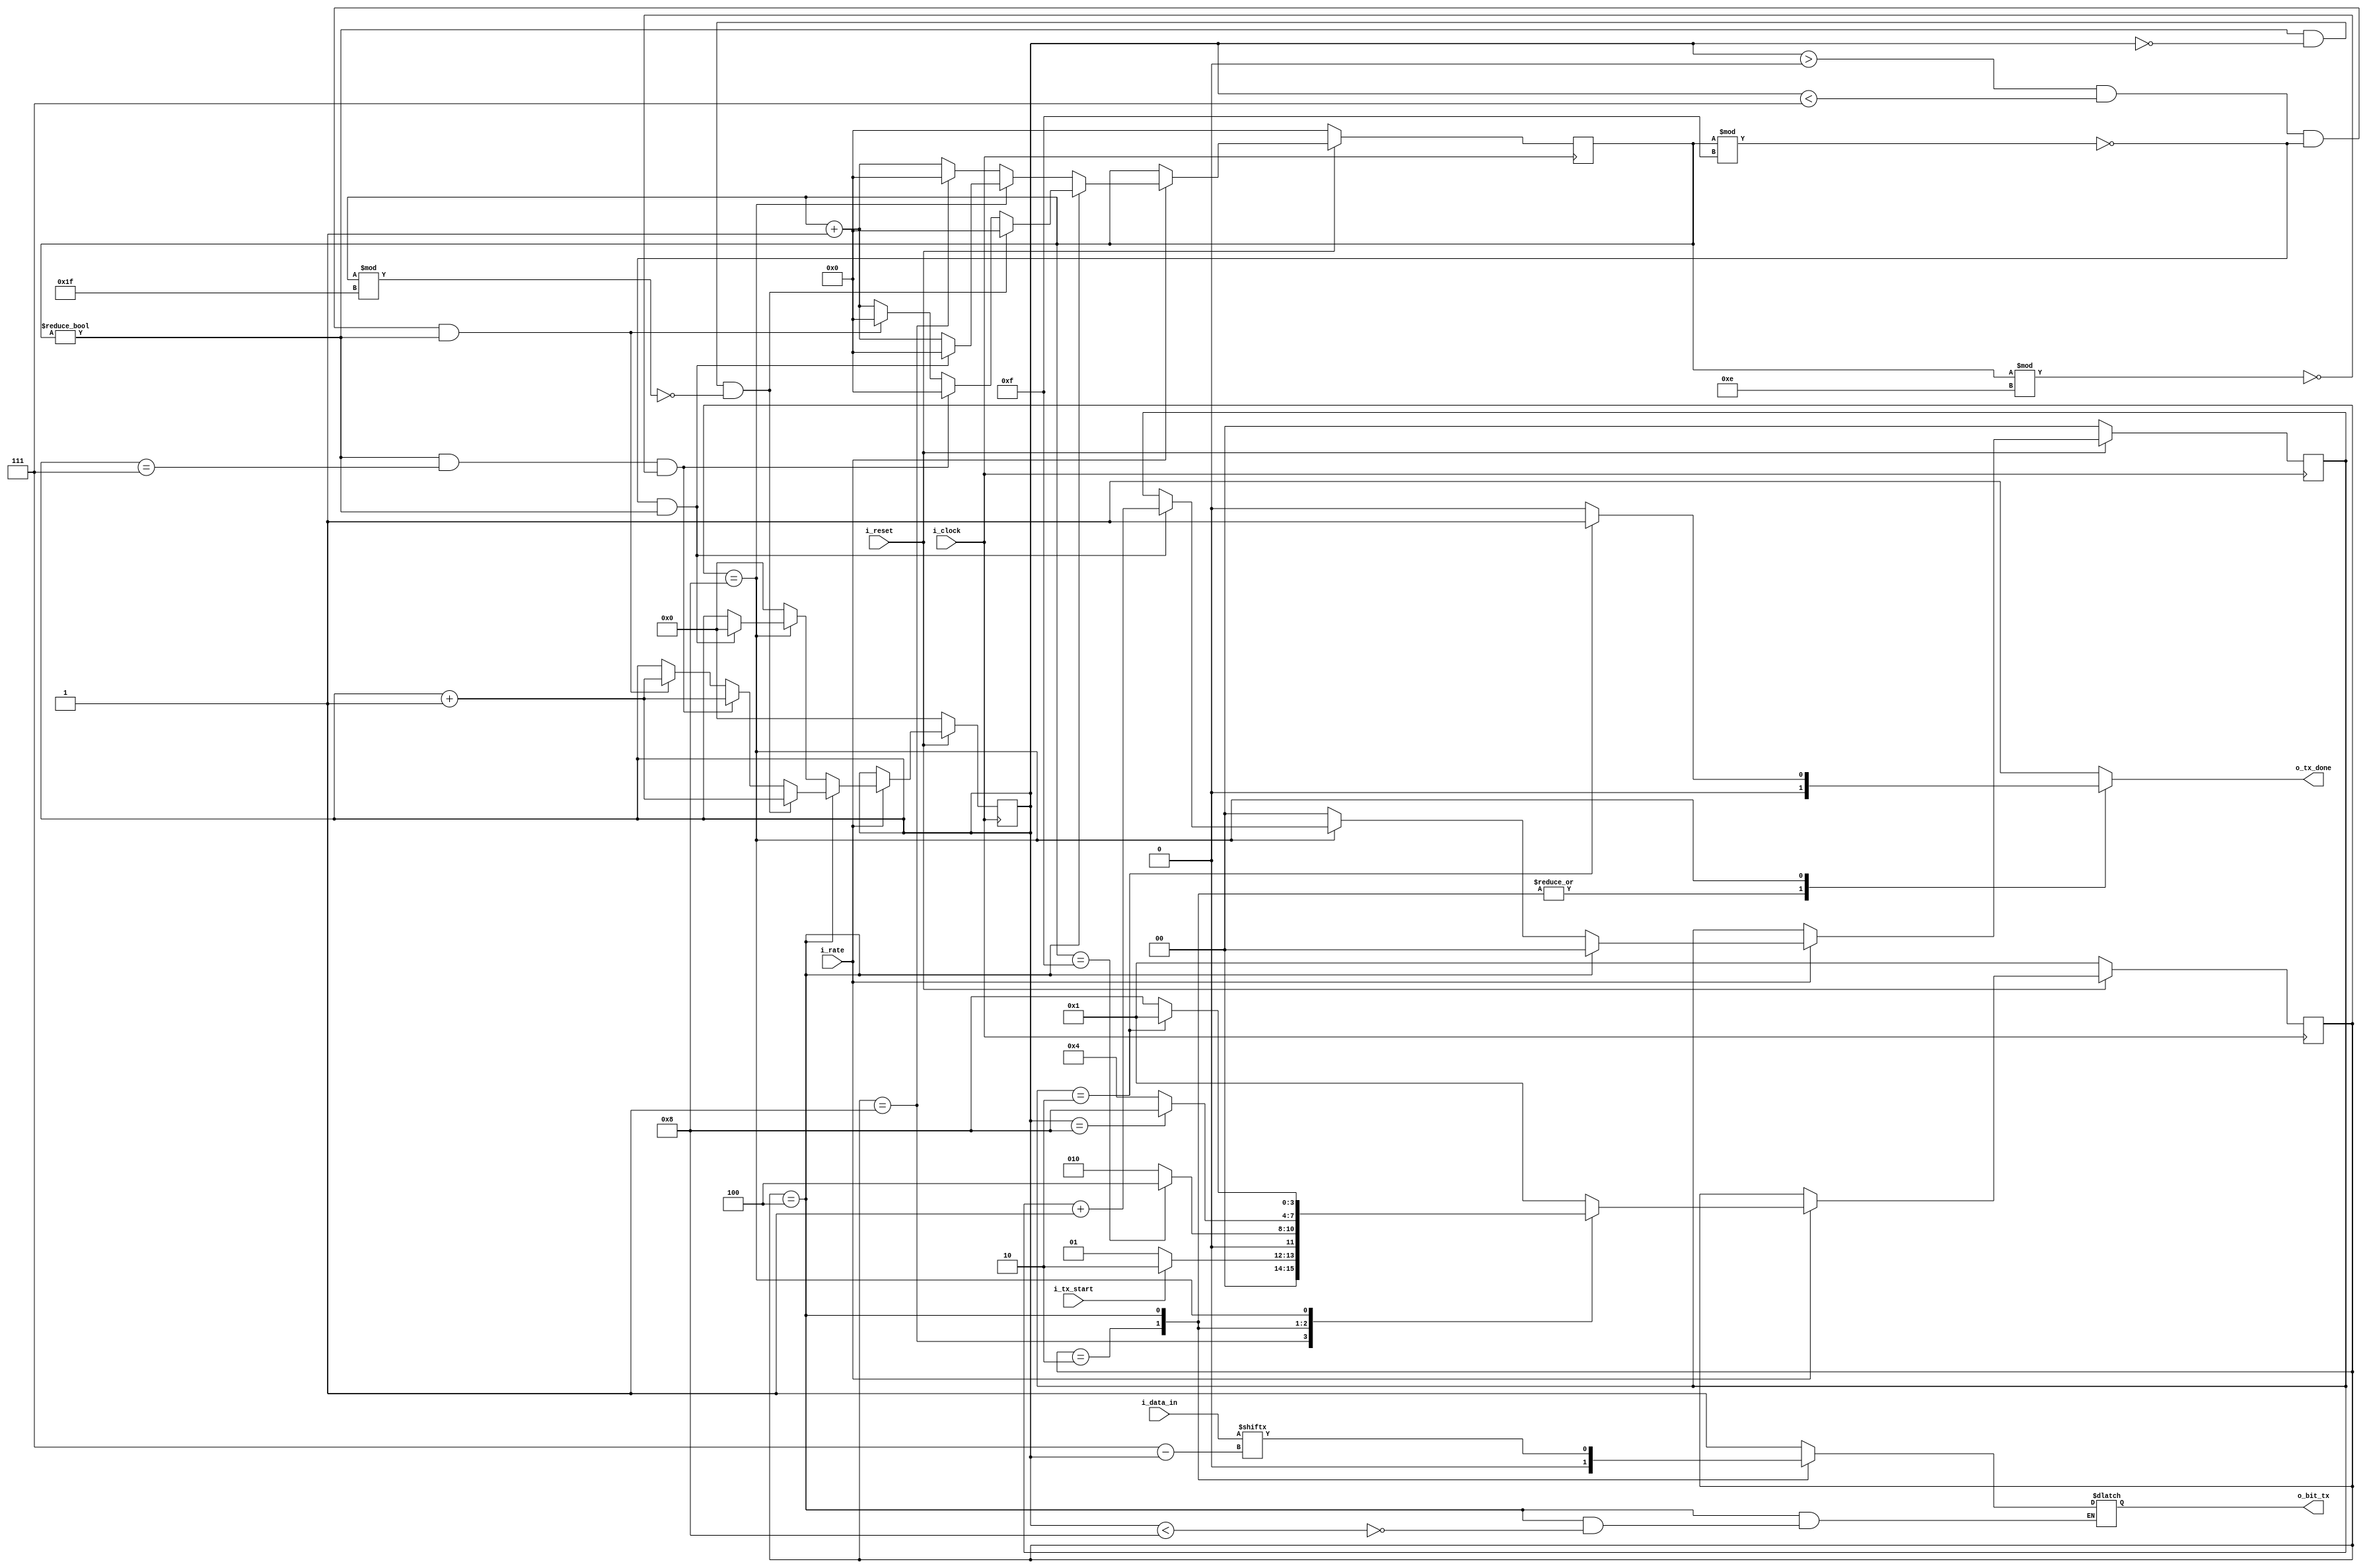
`timescale 1ns / 1ps


//////////////////////////////////////////////////////////////////////////////////////////////////
// Trabajo Practico Nro. 4. MIPS.
// Modulo tx.
// Integrantes: Kleiner Matias, Lopez Gaston.
// Materia: Arquitectura de Computadoras.
// FCEFyN. UNC.
// Anio 2018.
//////////////////////////////////////////////////////////////////////////////////////////////////



// Constantes.
`define WIDTH_WORD_TX           8              // Tamanio de palabra util enviada por trama UART.
`define CANT_BIT_STOP           2              // Cantidad de bits de parada de trama UART.


module tx(
    i_clock,
    i_rate,
    i_data_in,
    i_reset,
    i_tx_start,
    o_bit_tx,
    o_tx_done
    );

// Parametros.
parameter WIDTH_WORD_TX    = `WIDTH_WORD_TX;
parameter CANT_BIT_STOP  = `CANT_BIT_STOP;

// Local Param
localparam ESPERA = 4'b0001;
localparam START = 4'b0010;
localparam READ = 4'b0100;
localparam STOP = 4'b1000;


// Entradas - Salidas.
input i_clock;
input i_rate;
input [ WIDTH_WORD_TX - 1 : 0 ] i_data_in;       
input i_reset; 
input  i_tx_start;  
output reg o_bit_tx;  
output reg o_tx_done; 



// Registros.
reg [ 3 : 0 ] reg_state;
reg [ 3 : 0 ] reg_next_state;
reg [ 5 : 0] reg_contador_ticks;
reg [$clog2 (WIDTH_WORD_TX)  : 0] reg_contador_bits;
reg [$clog2 (CANT_BIT_STOP) : 0] reg_contador_bits_stop;




always@( posedge i_clock ) begin //Memory
     // Se resetean los registros.
    if (~ i_reset) begin
        reg_state <= 1;
        reg_contador_bits <= 0;
        reg_contador_ticks <= 0;
        reg_contador_bits_stop <= 0;
    end 

    else if (i_rate) begin
        reg_state <= reg_next_state;
       
        if (reg_state == START) begin
            // 16 ticks por bit transmitido.
            if (( (reg_contador_ticks % 15) == 0 ) && (reg_contador_ticks != 0)) begin
                reg_contador_bits <= 0;
                reg_contador_bits_stop <= 0;
                reg_contador_ticks <= 0;
            end
            else begin
                reg_contador_bits <= reg_contador_bits;
                reg_contador_bits_stop <= reg_contador_bits_stop;
                reg_contador_ticks <= reg_contador_ticks + 1;
            end
        end
        if (reg_state == READ) begin
            // 16 ticks por bit transmitido.
            // Primer bit a transmitir.
            if ((reg_contador_ticks != 0) && (reg_contador_bits == 0) && ((reg_contador_ticks % 31) == 0 )) begin
                reg_contador_bits <= reg_contador_bits + 1;
                reg_contador_bits_stop <= 0;
                reg_contador_ticks <= 0;
            end
            // Ultimo bit a transmitir.
            else if ((reg_contador_ticks != 0) && (reg_contador_bits == 7) && ((reg_contador_ticks % 14) == 0 )) begin
                reg_contador_bits <= reg_contador_bits + 1;
                reg_contador_bits_stop <= 0;
                reg_contador_ticks <= 0;
            end
            // Demas bits a transmitir.
            else if ((reg_contador_bits > 0) && (reg_contador_bits < 7) && ( (reg_contador_ticks % 15) == 0 ) && (reg_contador_ticks != 0)) begin
                reg_contador_bits <= reg_contador_bits + 1;
                reg_contador_bits_stop <= 0;
                reg_contador_ticks <= 0;
            end
            else begin
                reg_contador_bits <= reg_contador_bits;
                reg_contador_bits_stop <= 0;
                reg_contador_ticks <= reg_contador_ticks + 1;
            end
        end

        else if ( reg_state == STOP ) begin
            // 16 ticks por bit transmitido.
            if (( (reg_contador_ticks % 15) == 0 ) && (reg_contador_ticks != 0)) begin
                reg_contador_bits <= 0;
                reg_contador_bits_stop <= reg_contador_bits_stop + 1;
                reg_contador_ticks <= 0;  
            end
            else begin
                reg_contador_bits <= reg_contador_bits;
                reg_contador_bits_stop <= reg_contador_bits_stop;
                reg_contador_ticks <= reg_contador_ticks + 1;
               
            end
        end

        else begin
            reg_contador_bits <= 0;
            reg_contador_bits_stop <= 0;
            if ( reg_state == ESPERA) begin
                reg_contador_ticks <= 0;
            end
            else begin 
                reg_contador_ticks <= reg_contador_ticks + 1;
            end
        end
        
    end
    else begin
        reg_state <= reg_state;
        reg_contador_bits <= reg_contador_bits;
        reg_contador_ticks <= reg_contador_ticks;
        reg_contador_bits_stop <= reg_contador_bits_stop;
    end
end


always@( * ) begin //NEXT - STATE logic
    
    case (reg_state)
        
        ESPERA : begin
            if (i_tx_start == 1) begin
                reg_next_state = START;
            end
            else begin
                reg_next_state = ESPERA;
            end  
        end
        
        START : begin
            if (reg_contador_ticks == 15) begin
                reg_next_state = READ;             
            end
            else begin
                reg_next_state = START;
            end  
        end
        
        READ : begin
            if (reg_contador_bits == WIDTH_WORD_TX) begin
                reg_next_state = STOP;
                 
            end
            else begin
                reg_next_state = READ;
                
            end  
        end
        
        STOP : begin
            if ( reg_contador_bits_stop == CANT_BIT_STOP ) begin
                reg_next_state = ESPERA;
               
            end
            else begin
                reg_next_state = STOP;
               
            end              
        end
        
        default : begin
            reg_next_state = ESPERA;
        end
    
    endcase 
end


always@( * ) begin //Output logic
    
    case (reg_state)
        
        ESPERA : begin
            o_tx_done = 1;
            o_bit_tx = 1; 
        end
        
        START : begin
            o_tx_done = 0;
            o_bit_tx = 0;
        end
        
        READ : begin
            o_tx_done = 0;
            if (reg_contador_bits < WIDTH_WORD_TX) begin
                o_bit_tx = i_data_in [ (WIDTH_WORD_TX-1) - reg_contador_bits];
            end
            else begin
                o_bit_tx = o_bit_tx;
            end            
        end
        
        STOP : begin
            if ( reg_contador_bits_stop == CANT_BIT_STOP) begin
                o_tx_done = 1;
                o_bit_tx = 1;
            end
            else begin
                o_tx_done = 0;
                o_bit_tx = 1;
            end  
            
        end
        
        default : begin
                o_tx_done = 1;
                o_bit_tx = 1;
        end
    
    endcase 
end

endmodule